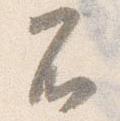
不